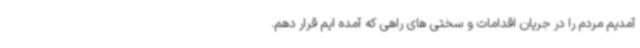
آمدیم مردم را در جریان اقدامات و سختی های راهی که آمده ایم قرار دهم.